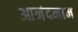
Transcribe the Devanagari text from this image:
आनंदनाम